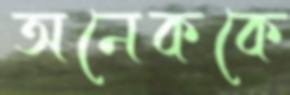
অনেককে